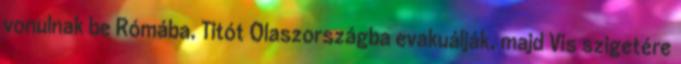
vonulnak be Rómába. Titót Olaszországba evakuálják, majd Vis szigetére